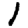
Digit: 1